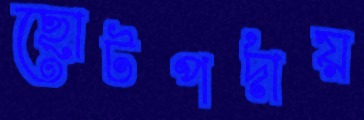
ছোটপর্দায়